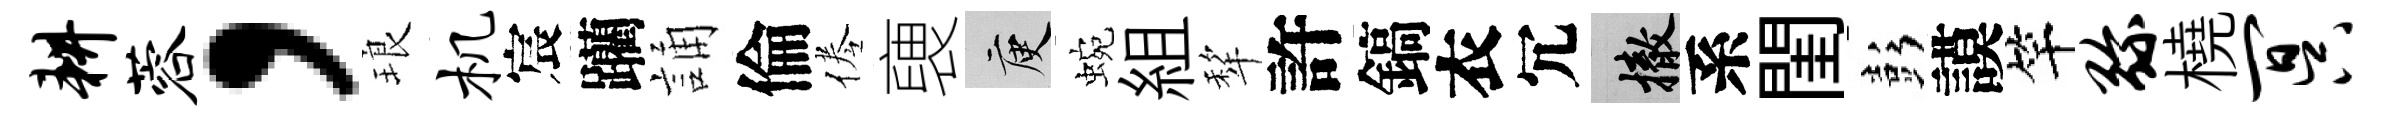
耕蓉，琅机宸躪誦倫倦褏庾蜿組犂許鎬衣冗撤系閨彭謨竿弥橈冥